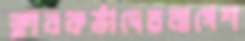
ক্লাবকর্তাদেরবাগেশ